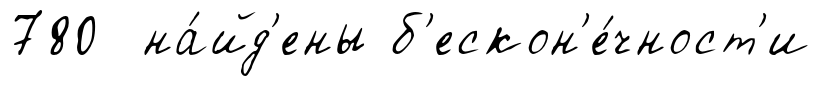
780 на́йд'ены б'ескон'е́чност'и